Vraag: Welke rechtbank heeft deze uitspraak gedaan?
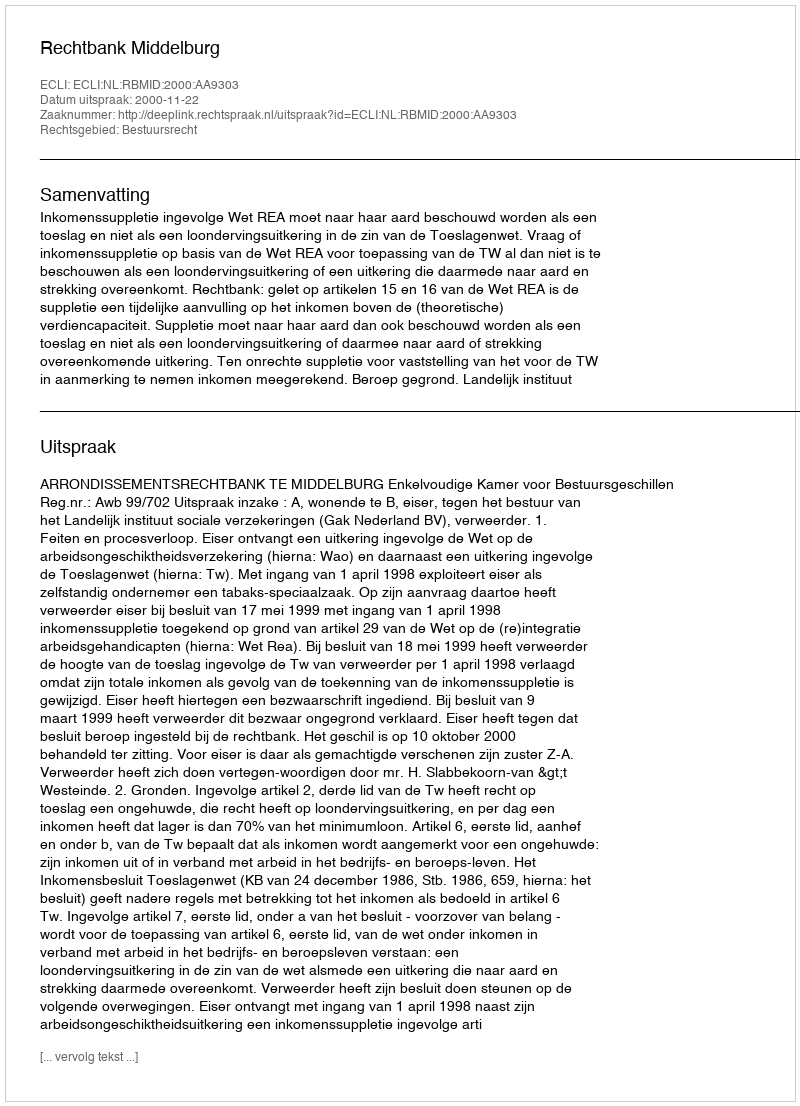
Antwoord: Rechtbank Middelburg